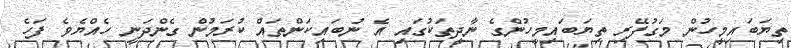
ތިޔަބައިމީހުން މަގުފޭރި ތިޔަބައިމީހުންގެ ނާދީތަކުގައި އެ ނުބައިކަންތައް ކުރަމުން ގެންދަނީ ހެއްޔެވެ ފަހެ